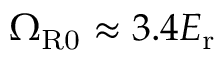
\Omega _ { \mathrm { { R 0 } } } \approx 3 . 4 E _ { \mathrm { { r } } }